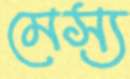
মেস্য